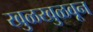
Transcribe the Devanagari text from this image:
खुळखुळवून